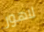
لاهور